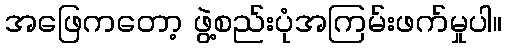
အဖြေကတော့ ဖွဲ့စည်းပုံအကြမ်းဖက်မှုပါ။